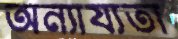
অন্যায্যতা